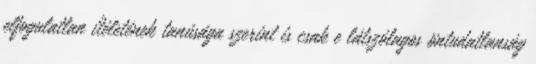
elfogulatlan ítéletének tanúsága szerint is csak e látszólagos öntudatlanság